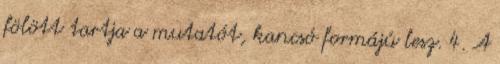
fölött tartja a mutatót, kancsó formájú lesz. 4. A